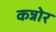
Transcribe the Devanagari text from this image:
कन्नोर